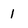
Character: 1